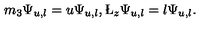
m _ { 3 } \Psi _ { u , l } = u \Psi _ { u , l } , \L _ { z } \Psi _ { u , l } = l \Psi _ { u , l } .